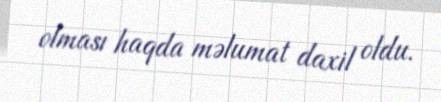
olması haqda məlumat daxil oldu.